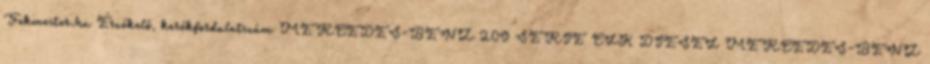
Fekmester.hu Érzékelő, kerékfordulatszám MERCEDES-BENZ 209 SERIE CLK DIESEL MERCEDES-BENZ